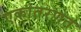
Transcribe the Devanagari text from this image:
एकांतरणत